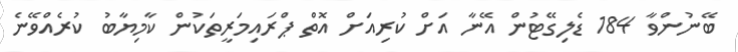
ބޭނުންވާ 184 ޑެލިގޭޓުން އޭނާ އަށް ކުރިއަށް އޮތް ޕްރައިމަރީތަކުން ކާމިޔާބު ކުރެއްވޭނެ